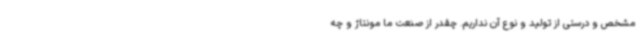
مشخص و درستی از تولید و نوع آن نداریم. چقدر از صنعت ما مونتاژ و چه